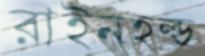
রাইনহল্ড